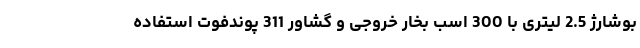
بوشارژ 2.5 لیتری با 300 اسب بخار خروجی و گشاور 311 پوندفوت استفاده